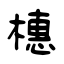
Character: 橞